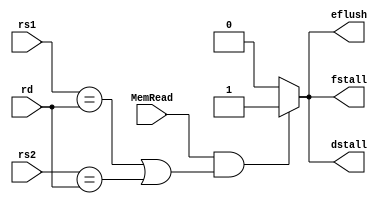
`timescale 1ns / 1ps
//////////////////////////////////////////////////////////////////////////////////
// Company: 
// Engineer: 
// 
// Design Name: 
// Module Name: HarzardUnit
// Project Name: 
// Target Devices: 
// Tool Versions: 
// Description: 
// 
// Dependencies: 
// 
// Revision:
// Revision 0.01 - File Created
// Additional Comments:
// 
//////////////////////////////////////////////////////////////////////////////////


module HarzardUnit(
    input [4:0] rs1     ,
    input [4:0] rs2     ,
    input [4:0] rd      ,
    input       MemRead ,

    output reg  eflush  ,
    output reg  dstall  ,
    output reg  fstall  
    );

    always @(*) begin
        if(MemRead && (rs1==rd || rs2==rd)) begin   //eflushMemRead
            eflush=1;
            dstall=1;
            fstall=1;
        end
        else begin
            eflush=0;
            dstall=0;
            fstall=0;
        end
    end
endmodule